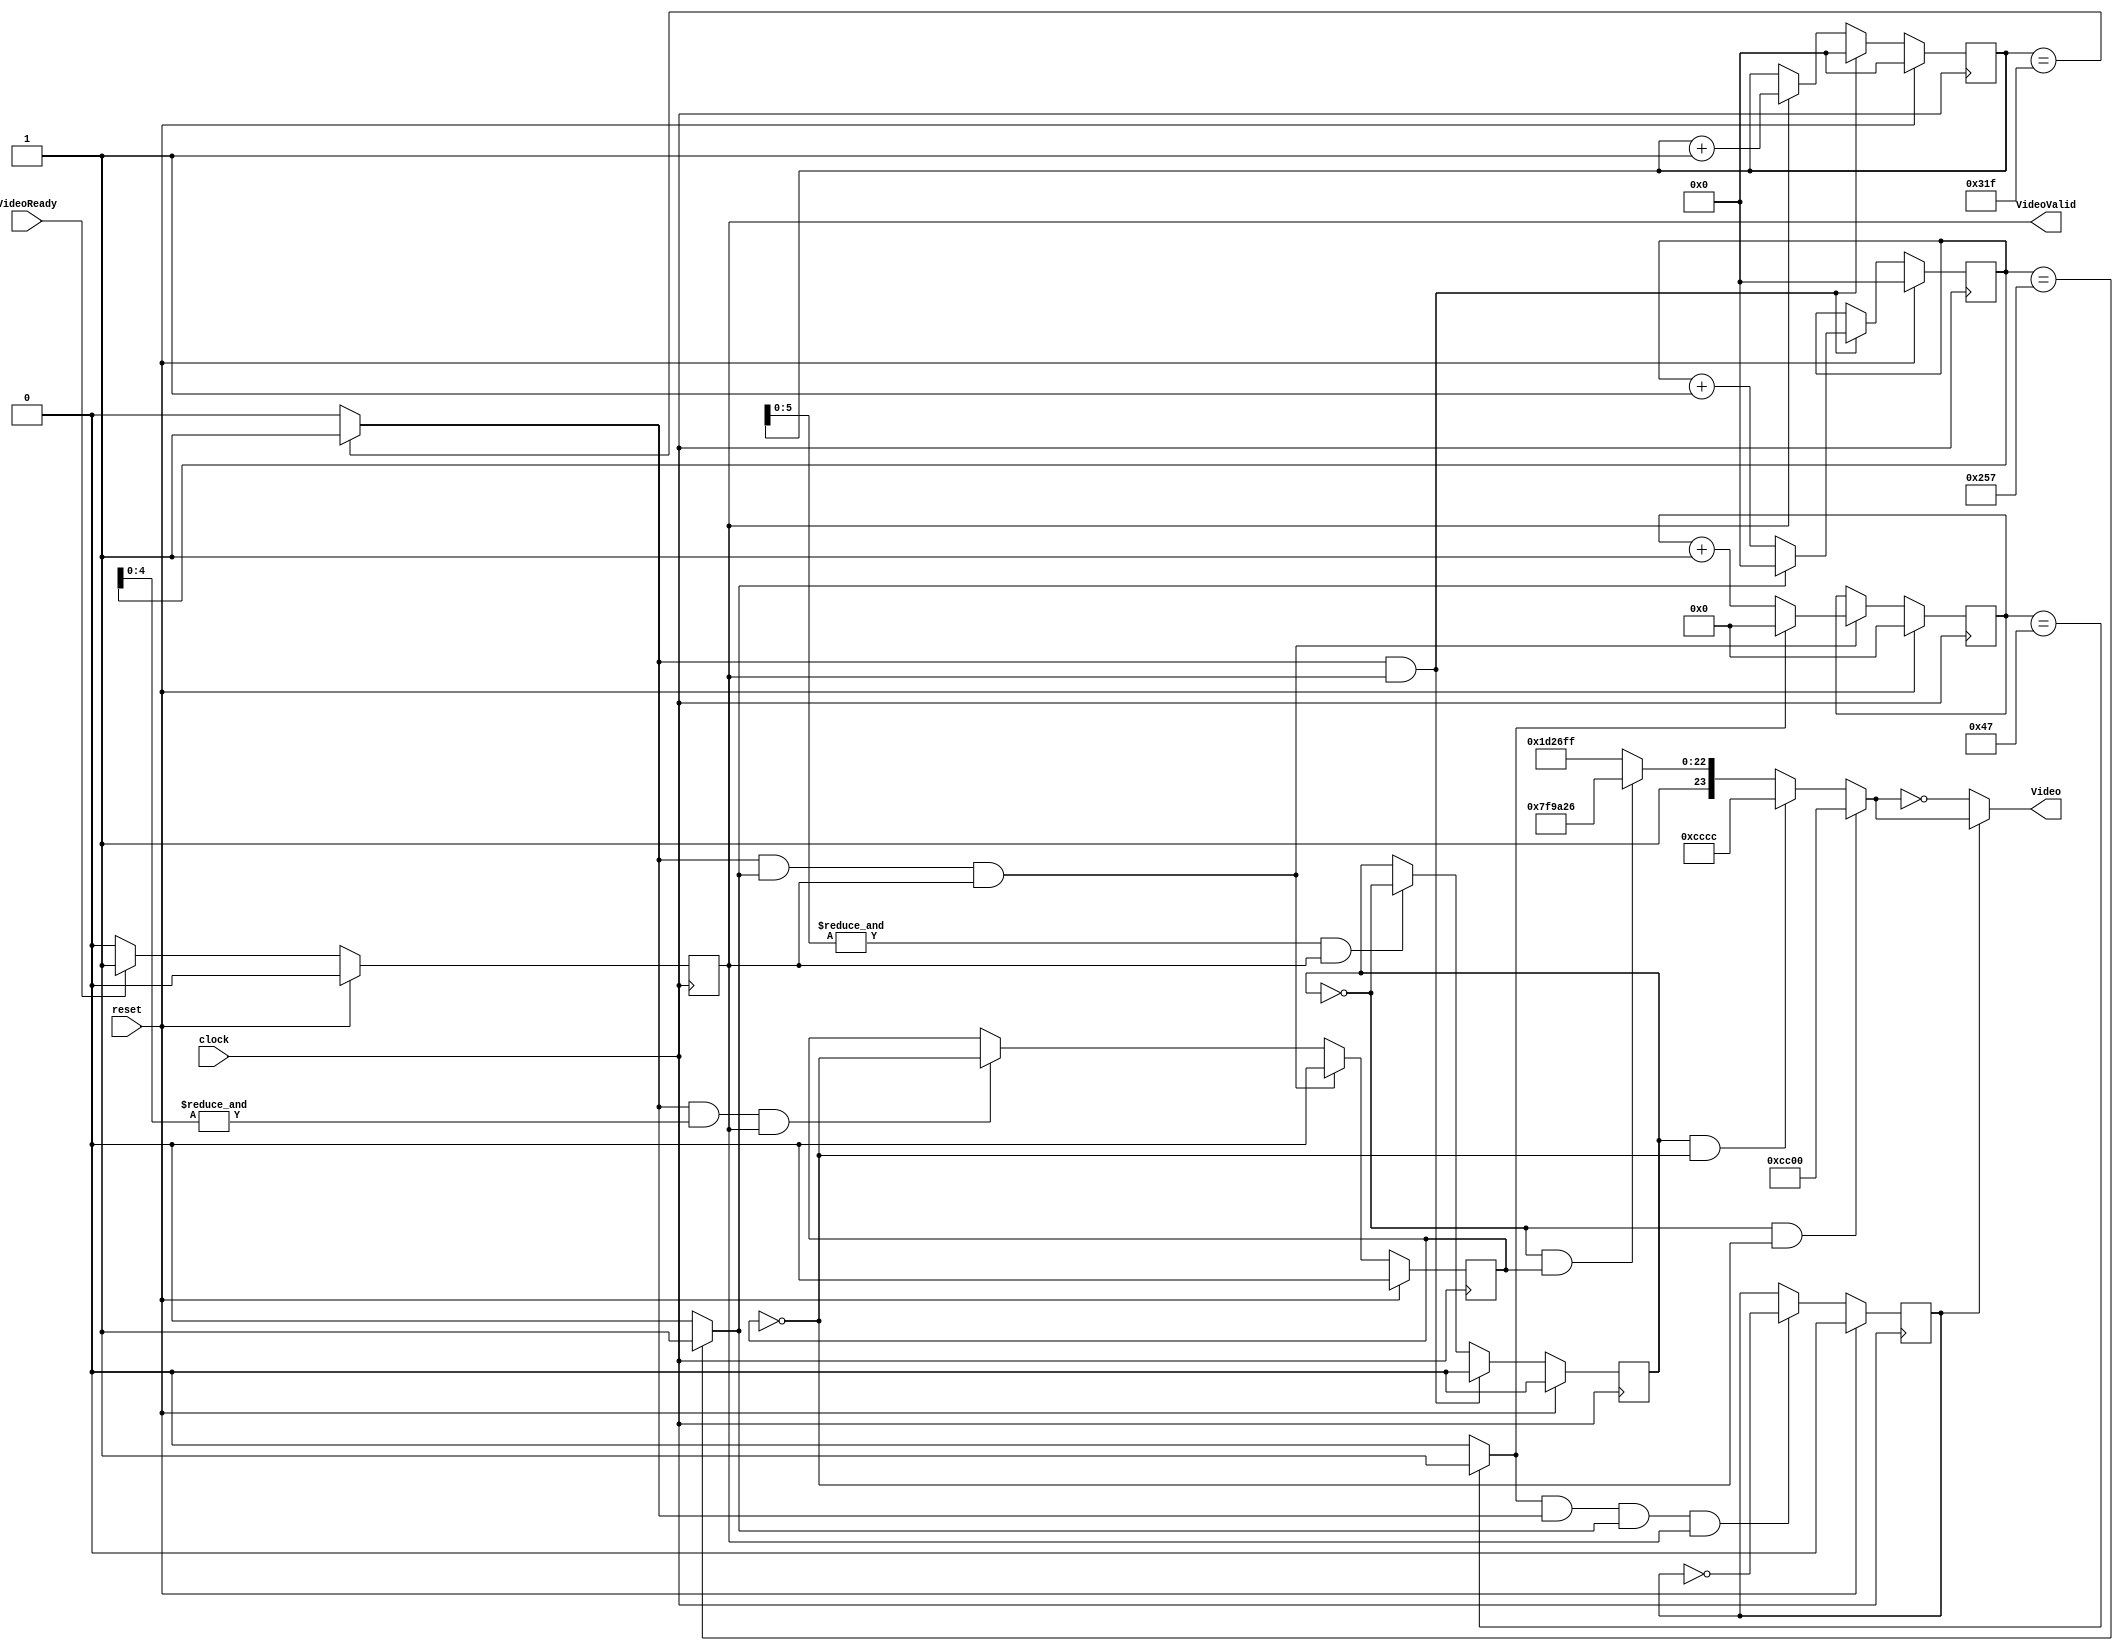
module PatternGenerator(
	input reset,
	input clock,
	input VideoReady,
	output reg VideoValid,
	output [23:0] Video);

	/* This pattern generator will make a pattern for one second
	   and then invert the colors for the next second.
	   A pattern is a 128x64 group of repeating pixels in the horizontal
	   and vertical direction. This pattern cosists of four 64x32 pixel
	   quadrants with distinct colors. After one second these colors are
	   inverted. */

	// Parameters for frame width, height, and refresh rate
	parameter VISIBLE_WIDTH = 10'd800;
	parameter VISIBLE_HEIGHT = 10'd600;
	parameter FRAME_RATE = 7'd72;

	/* Parameters describing quadrant colors.
	   Quadrant 1 is the top left, quadrant 2 is the top right,
	   quadrant 3 is the bottom left, and quadrant 4 is the bottom
	   right.
	*/
	//parameter Q1_color = 24'h00CC01; // BAD color value to inject error
	parameter Q1_color = 24'h00CC00; // CORRECT color value for Q1
	parameter Q2_color = 24'h00CCCC;
	parameter Q3_color = 24'hFF9A26;
	parameter Q4_color = 24'h9D26FF;

	// State register for inverting colors	
	reg invert;

	/* State registers for frame count (within one second), horizontal
	   pixel position (within a frame), and vertical pixel position
	   (within a frame). */
	reg [6:0] frame_count;
	reg [9:0] horiz_pixel_count;
	reg [9:0] vertical_pixel_count;

	// State registers to describe which quadrant a pixel is currently in.
	reg HState;
	reg VState;

	// The video/pattern prior to inversion
	reg [23:0] OrigVideo;

	/* Indicators to indicate if the current pixel is in the last horizontal
	   position (within a farme), last vertical position (within a frame),
	   or last frame in one second. */
	reg last_horiz_position;
	reg last_vertical_position;
	reg last_frame_in_sec;

	// Set last_horiz_position, last_vertical_position, and frame_count.
	always @(*) begin
		if (horiz_pixel_count == (VISIBLE_WIDTH-1)) last_horiz_position = 1;
		else last_horiz_position = 0;
		if (vertical_pixel_count == (VISIBLE_HEIGHT-1)) last_vertical_position = 1;
		else last_vertical_position = 0;
		if (frame_count == (FRAME_RATE-1)) last_frame_in_sec = 1;
		else last_frame_in_sec = 0;
	end

	/* Set VideoValid. If VideoReady is asserted, then VideoValid will be
	   asserted during the next cycle. VideoValid will als obe used to indicate
	   if a pixel has been read and video should be updated to the next pixel. */
	always @(posedge clock)
		if (reset) VideoValid <= 0;
		else if (VideoReady) VideoValid <= 1;
		else VideoValid <= 0;

	// Counter to count 72 frames and then wrap around. Used to invert colors at 1Hz
	always @(posedge clock)
		if (reset) frame_count <= 0;
		else if (last_horiz_position & last_vertical_position & VideoValid)
			if (last_frame_in_sec) frame_count <= 0;
			else frame_count <= frame_count + 1;

	// Counter to keep track of horizontal position in the frame
	always @(posedge clock)
		if (reset) horiz_pixel_count <= 0;
		else if (last_horiz_position & VideoValid) horiz_pixel_count <= 0;
		else if (VideoValid) horiz_pixel_count <= horiz_pixel_count + 1;

	// Counter to keep track of vertical position in the frame
	always @(posedge clock)
		if (reset) vertical_pixel_count <= 0;
		else if (last_horiz_position & VideoValid)
			if (last_vertical_position) vertical_pixel_count <= 0;
			else vertical_pixel_count <= vertical_pixel_count + 1;

	// Determine if OrigVideo colors should be inverted
	always @(posedge clock)
		if (reset) invert <= 0;
		else if (last_frame_in_sec & last_horiz_position & last_vertical_position & VideoValid) invert <= ~invert;

	/* FSM for Horizontal Pattern. Each block in the pattern is 128 pixels
	   wide and each sub-block is 64 pixels wide. State changes after a
	   horizontal position == one less than a multiple of 64 (i.e. 63, 127, 191). */
	always @(posedge clock)
		if (reset) HState <= 0;
		else if (last_horiz_position & VideoValid) HState <= 0;
		else if ((&horiz_pixel_count[5:0]) & VideoValid) HState <= ~HState;

	/* FSM for Vertical Pattern. Each block in the pattern is 64 pixels tall
	   and each sub-block is 32 pixels tall. State changes after a vertical
	   position == one less than a multiple of 32 (i.e. 31, 63, 95). */
	always @(posedge clock)
		if (reset) VState <= 0;
		else if (last_horiz_position & last_vertical_position & VideoValid) VState <= 0;
		else if (last_horiz_position & (&vertical_pixel_count[4:0]) & VideoValid) VState <= ~VState;

	/* Combinational logic to assign color to a pixel based on what quadrant
	   it is located in. This quadrant is determined using HState and VState. */
	always @(*)
		if (~HState & ~VState) OrigVideo = Q1_color;
		else if (HState & ~VState) OrigVideo = Q2_color;
		else if (~HState & VState) OrigVideo = Q3_color;
		else OrigVideo = Q4_color;

	// Assign Video to OrigVideo or an inverted version of OrigVideo	
	assign Video = invert ? OrigVideo : ~OrigVideo;

endmodule